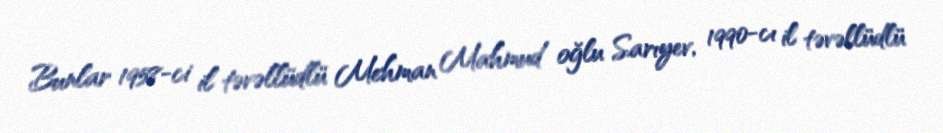
Bunlar 1958-ci il təvəllüdlü Mehman Mahmud oğlu Sarıyev, 1990-cı il təvəllüdlü